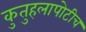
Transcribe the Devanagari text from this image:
कुतुहलापोटीच